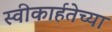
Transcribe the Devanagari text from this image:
स्वीकार्हतेच्या